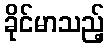
ခိုင်မာသည့်